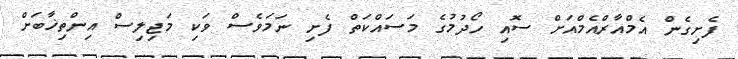
ފެށިގެން އެމްއާރްއެމްއަށް ސޮއި ހޯދުމުގެ މަސައްކަތް ފެށި ނަމަވެސް ވަކި މަޖިލިސް އިންތިޚާބަށް